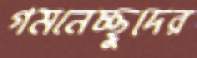
গমনেচ্ছুদের